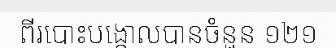
ពីរបោះបង្គោលបានចំនួន ១២១